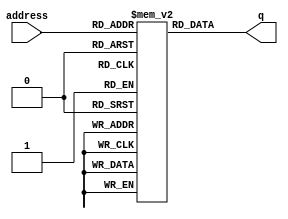
module instrmem (
	address,
	q);
input[9:0] address;
output[31:0] q;
reg [31:0] memory[0:1023];
assign	q = memory[address];
endmodule